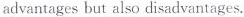
advantages but also disadvantages.